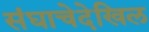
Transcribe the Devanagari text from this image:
संघाचेदेखिल